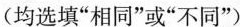
(均选填”相同”或”不同”)